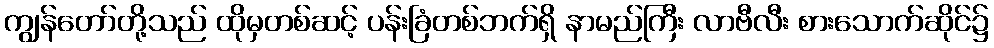
ကျွန်တော်တို့သည် ထိုမှတစ်ဆင့် ပန်းခြံတစ်ဘက်ရှိ နာမည်ကြီး လာဗီလီး စားသောက်ဆိုင်၌